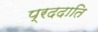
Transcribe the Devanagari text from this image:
प्रददाति